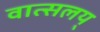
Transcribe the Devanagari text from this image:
वात्सलय्